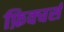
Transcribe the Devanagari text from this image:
फ़िक्चर्स